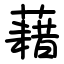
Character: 藉